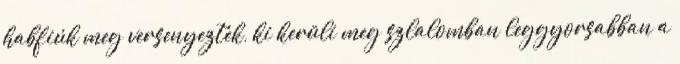
habfiúk meg versenyeztek, ki kerüli meg szlalomban leggyorsabban a